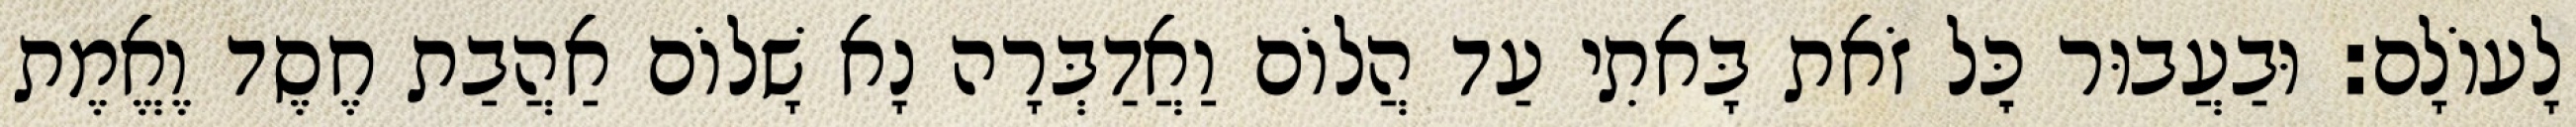
לָעוֹלָם: וּבַעֲבוּר כׇּל זֹאת בָּאתִי עַד הֲלוֹם וַאֲדַבְּרָה נָא שָׁלוֹם אַהֲבַת חֶסֶד וֶאֱמֶת